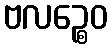
ဗလဉ္စေဝ